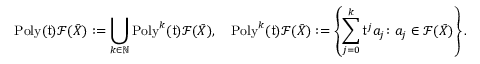
\mathrm { P o l y } ( \mathfrak { t } ) \mathcal { F } ( \bar { X } ) : = \bigcup _ { k \in \mathbb { N } } \mathrm { P o l y } ^ { k } ( \mathfrak { t } ) \mathcal { F } ( \bar { X } ) , \quad \mathrm { P o l y } ^ { k } ( \mathfrak { t } ) \mathcal { F } ( \bar { X } ) : = \left\{ \sum _ { j = 0 } ^ { k } \mathfrak { t } ^ { j } a _ { j } \colon a _ { j } \in \mathcal { F } ( \bar { X } ) \right\} .